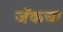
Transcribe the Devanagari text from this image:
जॅकचा